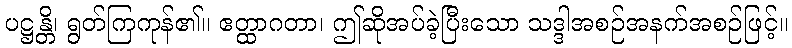
ပဋ္ဌန္တိ၊ ရွတ်ကြကုန်၏။ ဧတ္ထာဂတာ၊ ဤဆိုအပ်ခဲ့ပြီးသော သဒ္ဒါအစဉ်အနက်အစဉ်ဖြင့်။